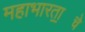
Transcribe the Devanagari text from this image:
महाभारता॒चे